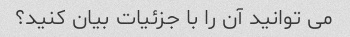
می توانید آن را با جزئیات بیان کنید؟